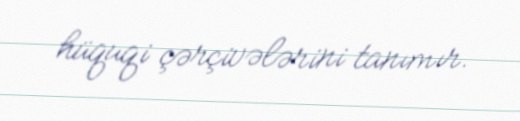
hüquqi çərçivələrini tanımır.